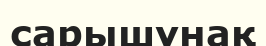
сарышұнақ